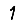
Digit: 1